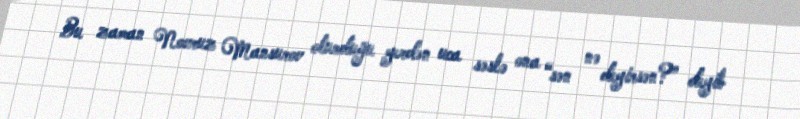
Bu zaman Novruz Mansurov oturduğu yerdən uca səslə ona “sən nə deyirsən?” deyib